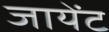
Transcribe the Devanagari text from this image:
जायेंट